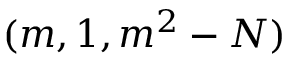
( m , 1 , m ^ { 2 } - N )